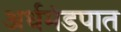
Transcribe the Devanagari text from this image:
अर्धमंडपात